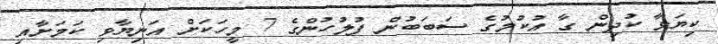
ކިޔަވާ ކުދިން ގާ އުކުމުގެ ސަބަބުން ފުލުހުންގެ 7 މީހަކަށް އަނިޔާވި ކަމަށާއި